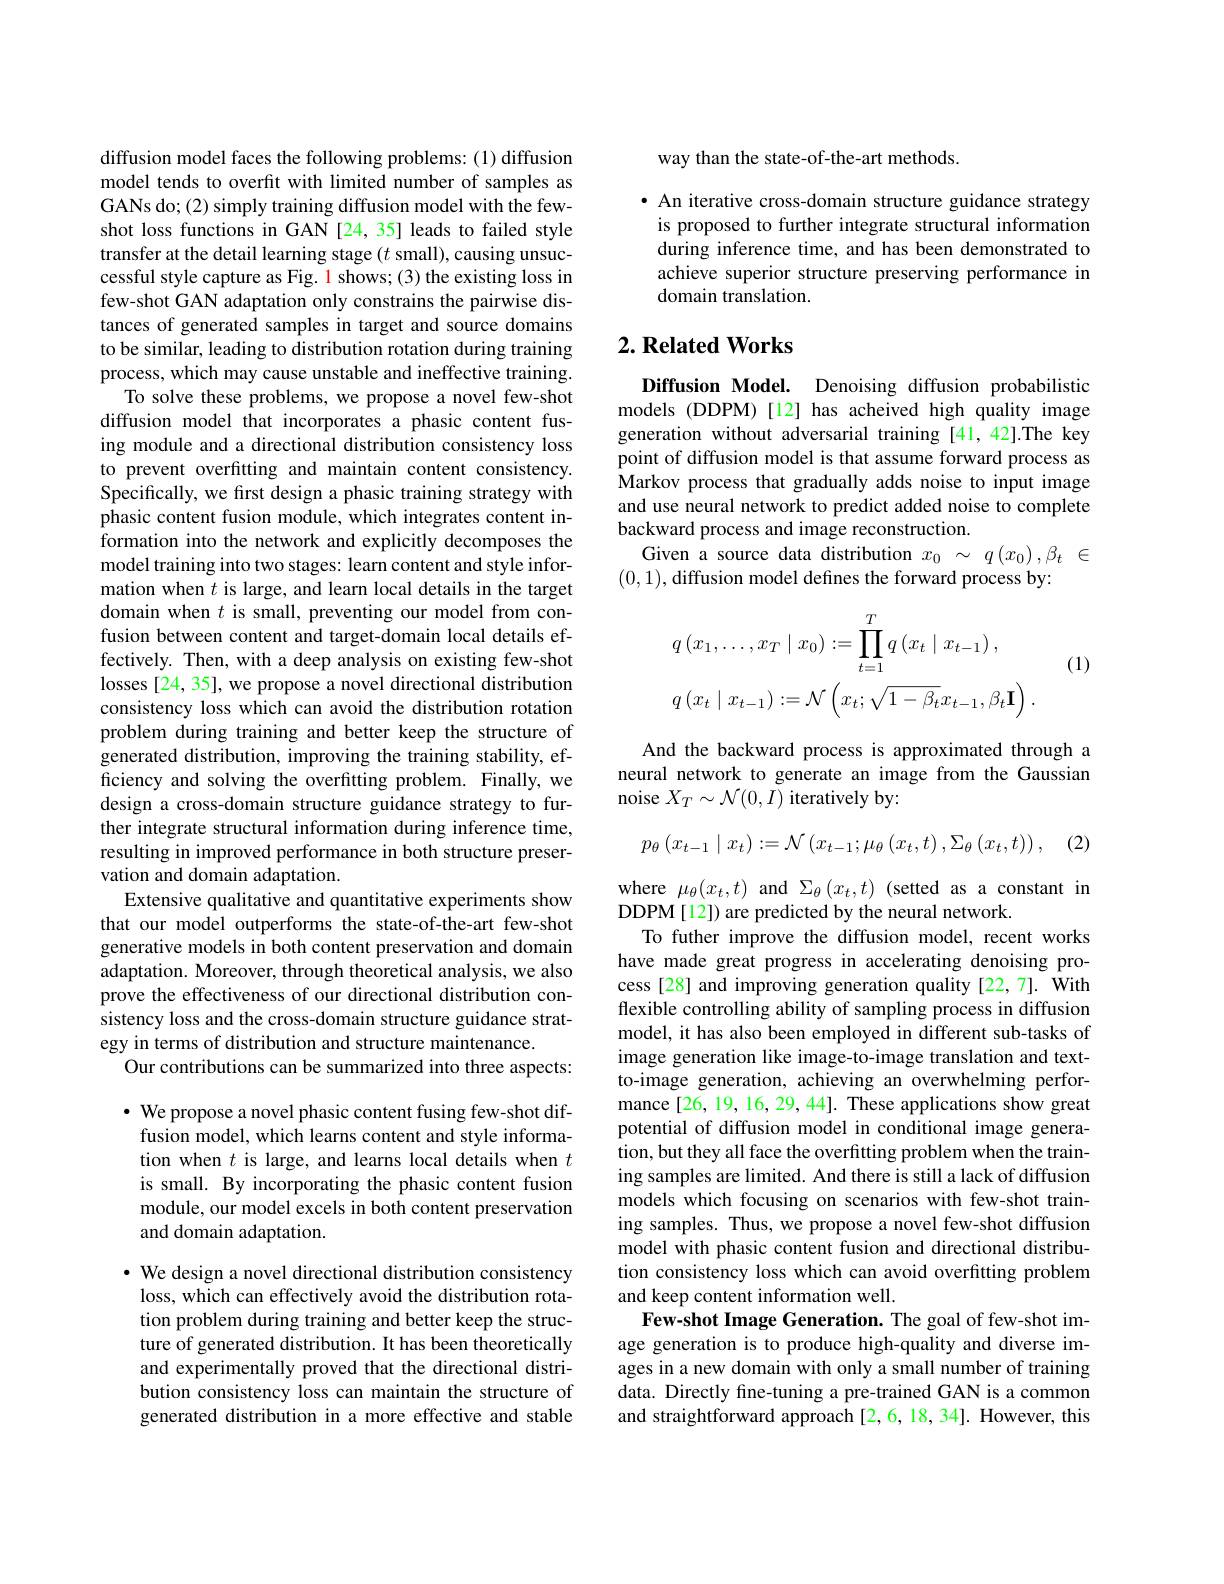
diffusion model faces the following problems: (1) diffusion model tends to overfit with limited number of samples as GANs do; (2) simply training diffusion model with the fewshot loss functions in GAN [24, 35] leads to failed style transfer at the detail learning stage $(t$ small), causing unsuccessful style capture as Fig. 1 shows; (3) the existing loss in few-shot GAN adaptation only constrains the pairwise distances of generated samples in target and source domains to be similar, leading to distribution rotation during training process, which may cause unstable and ineffective training.
To solve these problems, we propose a novel few-shot diffusion model that incorporates a phasic content fusing module and a directional distribution consistency loss to prevent overfitting and maintain content consistency. Specifically, we first design a phasic training strategy with phasic content fusion module, which integrates content information into the network and explicitly decomposes the model training into two stages: learn content and style information when $t$ is large, and learn local details in the target domain when $t$ is small, preventing our model from confusion between content and target-domain local details effectively. Then, with a deep analysis on existing few-shot losses[24, 35], we propose a novel directional distribution consistency loss which can avoid the distribution rotation problem during training and better keep the structure of generated distribution, improving the training stability, efficiency and solving the overfitting problem. Finally, we design a cross-domain structure guidance strategy to further integrate structural information during inference time, resulting in improved performance in both structure preservation and domain adaptation.
Extensive qualitative and quantitative experiments show that our model outperforms the state-of-the-art few-shot generative models in both content preservation and domain adaptation. Moreover, through theoretical analysis, we also prove the effectiveness of our directional distribution consistency loss and the cross-domain structure guidance strategy in terms of distribution and structure maintenance.
Our contributions can be summarized into three aspects: $\cdot$ We propose a novel phasic content fusing few-shot diffusion model, which learns content and style information when $t$ is large, and learns local details when $t$ is small. By incorporating the phasic content fusion module, our model excels in both content preservation

and domain adaptation.

· We design a novel directional distribution consistency
loss, which can effectively avoid the distribution rotation problem during training and better keep the structure of generated distribution. It has been theoretically and experimentally proved that the directional distribution consistency loss can maintain the structure of generated distribution in a more effective and stable

way than the state-of-the-art methods.

· An iterative cross-domain structure guidance strategy
is proposed to further integrate structural information during inference time, and has been demonstrated to achieve superior structure preserving performance in domain translation.

## $2. \textbf{Related Works}$

Diffusion Model. Denoising diffusion probabilistic models (DDPM)[12] has acheived high quality image generation without adversarial training [41,42].The key point of diffusion model is that assume forward process as Markov process that gradually adds noise to input image and use neural network to predict added noise to complete backward process and image reconstruction.
Given a source data distribution $x_0~\sim~q\left(x_0\right),\beta_t~\in$
(0,1),diffusion model defines the forward process by:
$$\begin{aligned}&q\left(x_{1},\ldots,x_{T}\mid x_{0}\right):=\prod_{t=1}^{T}q\left(x_{t}\mid x_{t-1}\right),\\&q\left(x_{t}\mid x_{t-1}\right):=\mathcal{N}\left(x_{t};\sqrt{1-\beta_{t}}x_{t-1},\beta_{t}\mathbf{I}\right).\end{aligned}$$
(1)

And the backward process is approximated through a neural network to generate an image from the Gaussian noise $X_T\sim\mathcal{N}(0,I)$ iteratively by:
$$p_{\theta}\left(x_{t-1}\mid x_{t}\right):=\mathcal{N}\left(x_{t-1};\mu_{\theta}\left(x_{t},t\right),\Sigma_{\theta}\left(x_{t},t\right)\right),$$
(2)

where $\mu_{\theta}(x_{t},t)$ and $\Sigma_{\theta}(x_{t},t)$ (setted as a constant in
DDPM [12]) are predicted by the neural network.
To futher improve the diffusion model, recent works have made great progress in accelerating denoising process[28] and improving generation quality[22,7]. With flexible controlling ability of sampling process in diffusion model, it has also been employed in different sub-tasks of image generation like image-to-image translation and textto-image generation, achieving an overwhelming performance [26, 19, 16, 29, 44]. These applications show great potential of diffusion model in conditional image generation, but they all face the overfitting problem when the training samples are limited. And there is still a lack of diffusion models which focusing on scenarios with few-shot training samples. Thus, we propose a novel few-shot diffusion model with phasic content fusion and directional distribution consistency loss which can avoid overfitting problem and keep content information well.
Few-shot Image Generation. The goal of few-shot image generation is to produce high-quality and diverse images in a new domain with only a small number of training data. Directly fine-tuning a pre-trained GAN is a common and straightforward approach [2,6,18,34]. However, this